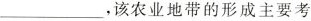
___，该农业地带的形成主要考